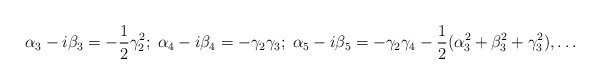
\begin{align*}\alpha_3-i\beta_3=-\frac{1}{2}\gamma_2^2;\;\alpha_4-i\beta_4=-\gamma_2\gamma_3;\;\alpha_5-i\beta_5=-\gamma_2\gamma_4-\frac{1}{2}(\alpha_3^2+\beta_3^2+\gamma_3^2),\dots\end{align*}